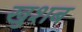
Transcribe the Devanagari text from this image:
खुशब